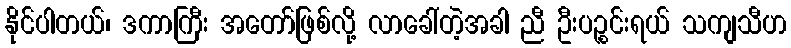
နိုင်ပါတယ်၊ ဒကာကြီး အတော်ဖြစ်လို့ လာခေါ်တဲ့အခါ ညီ ဦးပဉ္စင်းရယ် သကျသီဟ